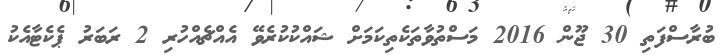
ބުރާސްފަތި 30 ޖޫން 2016 މަސްތުވާތަކެތިކަމަށް ޝައްކުކުރެވޭ އެއްޗެއްހުރި 2 ރަބަރު ޕެކެޓާއެކު